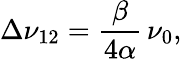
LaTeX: \Delta\nu_{12}=\frac{\beta}{4\alpha}\, \nu_{0},